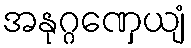
အနုဂ္ဂဏှေယျံ